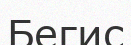
Бегис